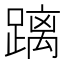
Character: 𮜐